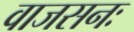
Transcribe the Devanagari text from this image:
वाजसनः